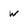
Character: w